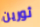
ثورين